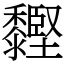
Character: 䵛